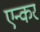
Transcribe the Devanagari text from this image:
एन्कर